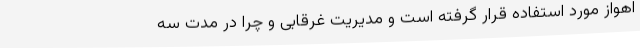
اهواز مورد استفاده قرار گرفته است و مدیریت غرقابی و چرا در مدت سه